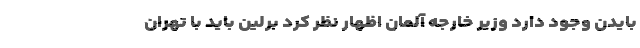
بایدن وجود دارد وزیر خارجه آلمان اظهار نظر کرد برلین باید با تهران